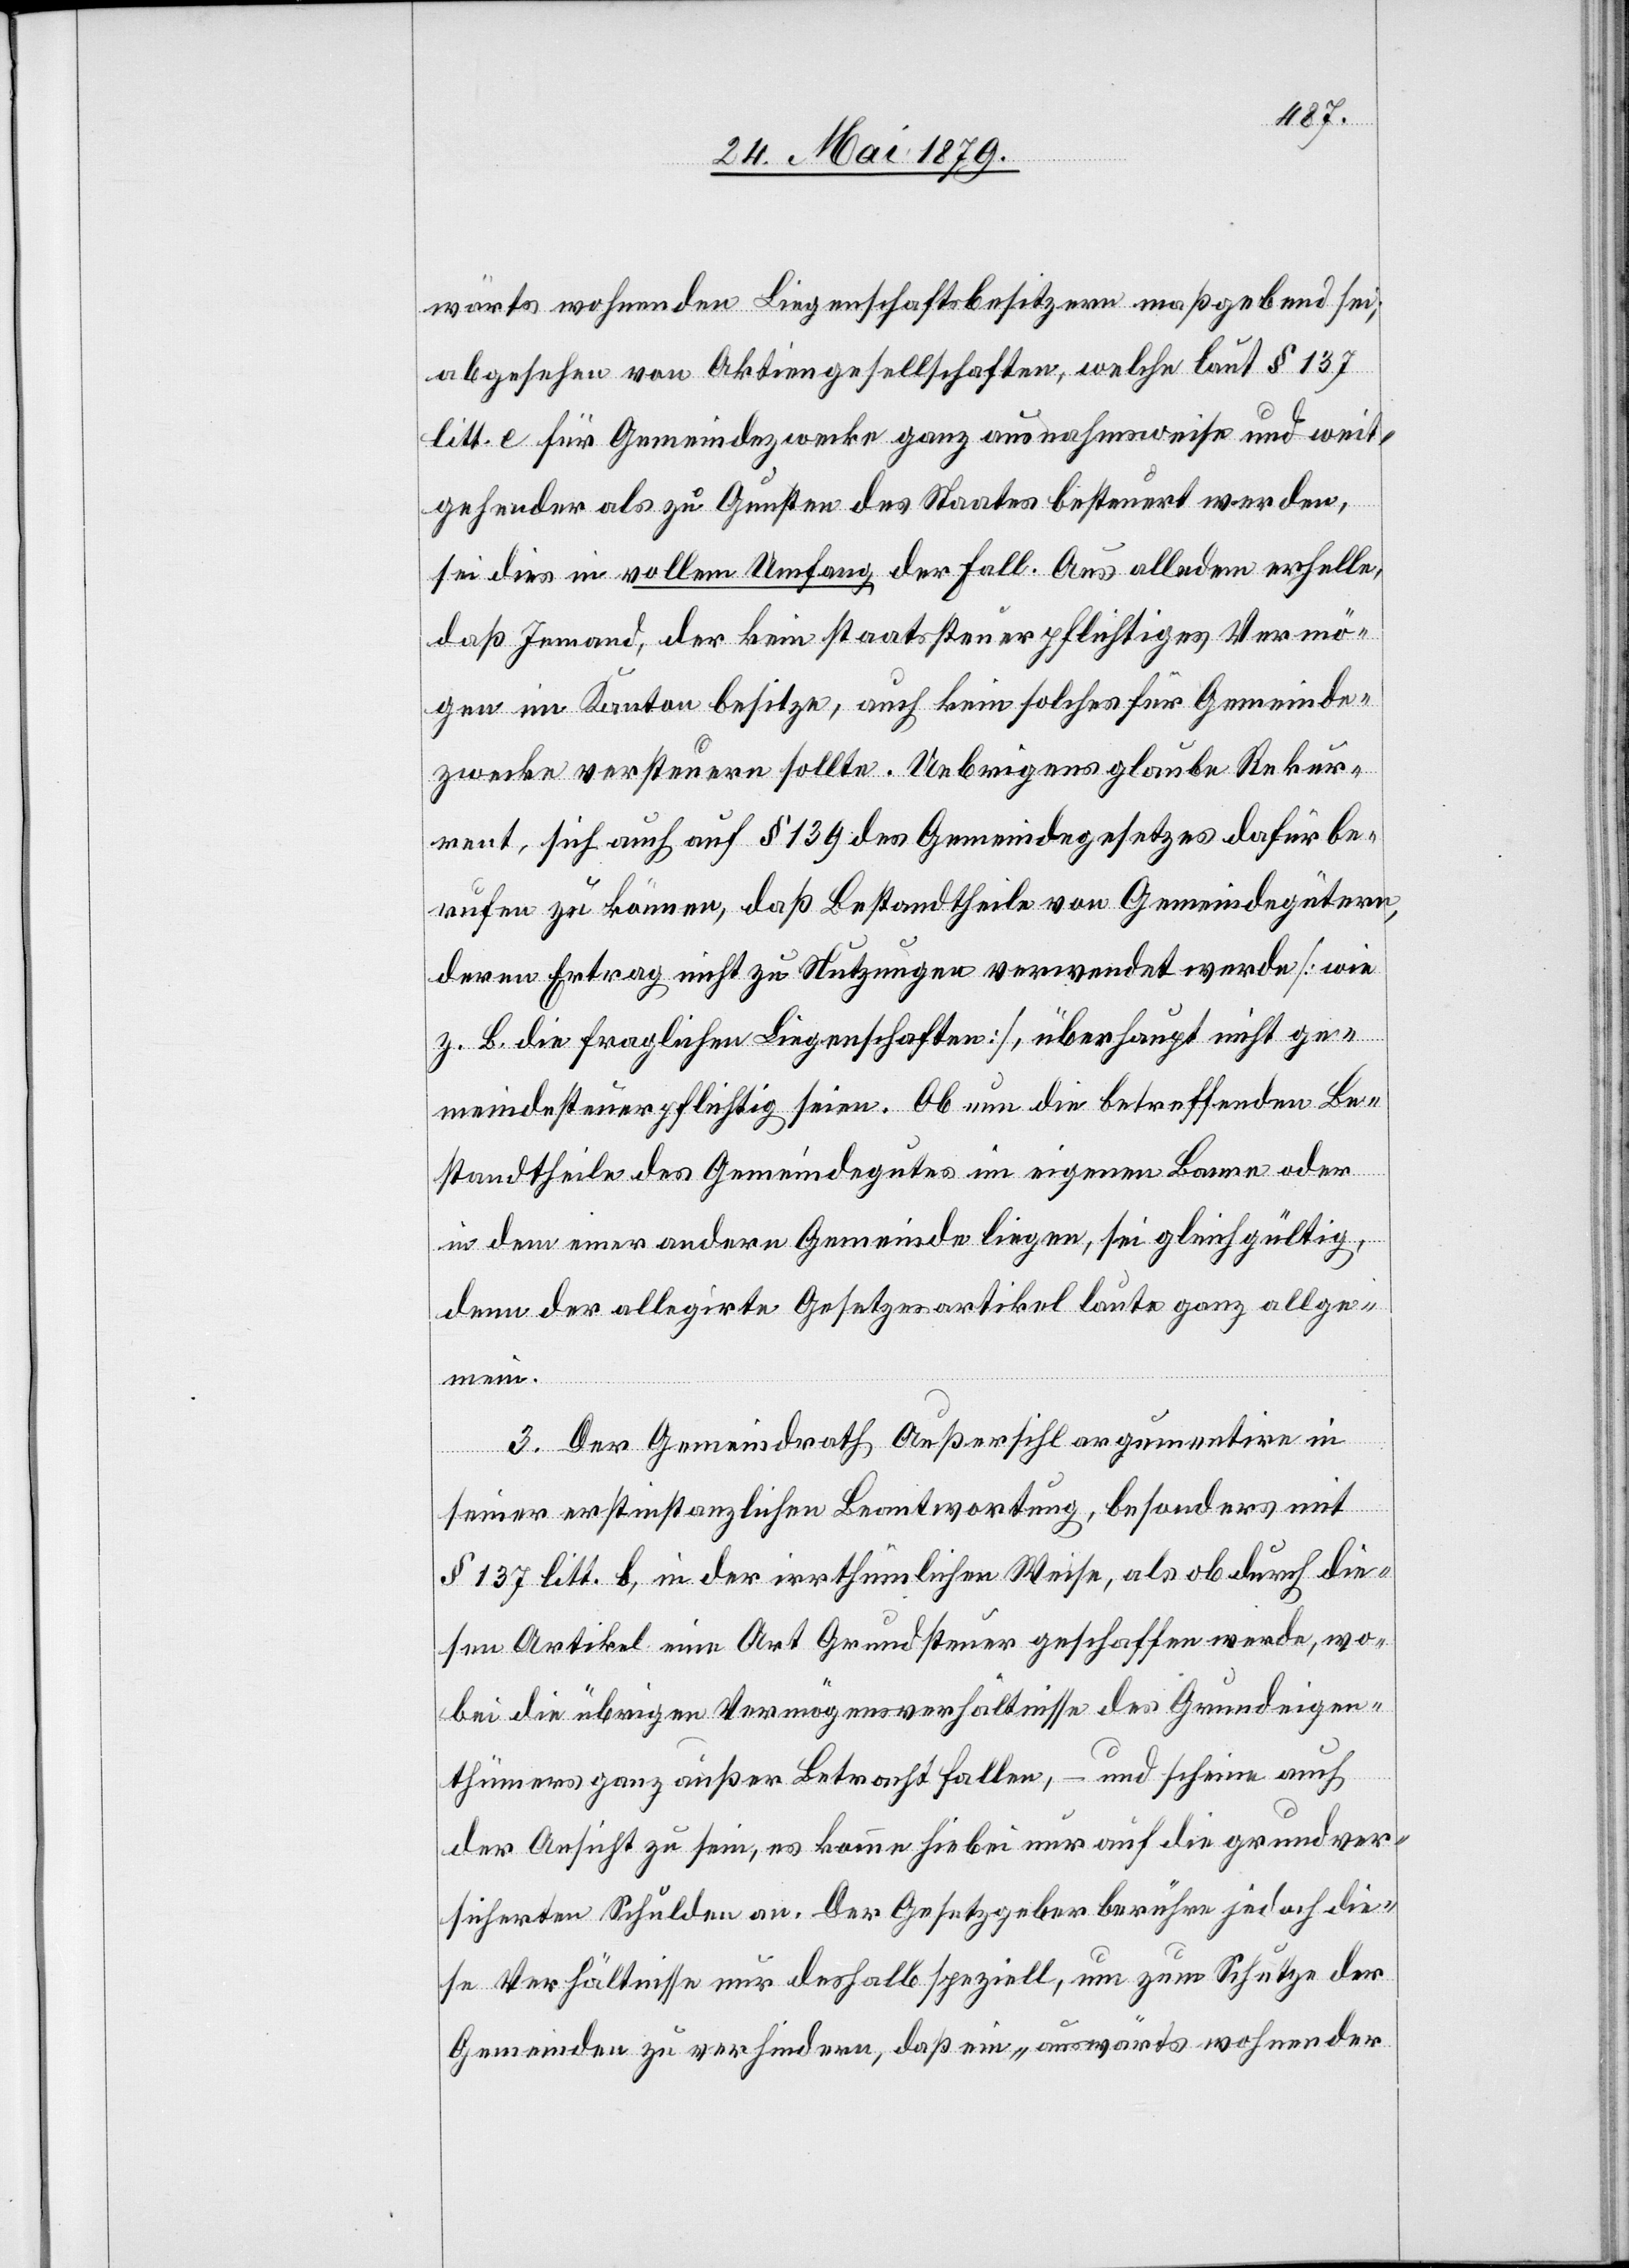
wärts wohnenden Liegenschaftsbesitzern maßgebend sei;
abgesehen von Aktiengesellschaften, welche laut § 137
litt. e für Gemeindezwecke ganz ausnahmsweise und weit¬
gehender als zu Gunsten des Staates besteuert werden,
sei dies in vollem Umfang der Fall. Aus alledem erhelle,
daß Jemand, der kein staatssteuerpflichtiges Vermö¬
gen im Kanton besitze, auch kein solches für Gemeinde¬
zwecke versteuern sollte. Uebrigens glaube Rekur¬
rent, sich auch auf § 139 des Gemeindegesetzes dafür be¬
rufen zu können, daß Bestandtheile von Gemeindegütern,
deren Ertrag nicht zu Nutzungen verwendet werde [wie
z. B. die fraglichen Liegenschaften], überhaupt nicht ge¬
meindesteuerpflichtig seien. Ob nun die betreffenden Be¬
standtheile des Gemeindegutes im eigenen Banne oder
in dem einer andern Gemeinde liegen, sei gleichgültig,
denn der allegirte Gesetzesartikel laute ganz allge¬
mein.
3. Der Gemeindrath Außersihl argumentire in
seiner erstinstanzlichen Beantwortung, besonders mit
§ 137 litt. b, in der irrthümlichen Weise, als ob durch die¬
sen Artikel eine Art Grundsteuer geschaffen werde, wo¬
bei die übrigen Vermögensverhältnisse des Grundeigen¬
thümers ganz außer Betracht fallen, – und scheine auch
der Ansicht zu sein, es komme hiebei nur auf die grundver¬
sicherten Schulden an. Der Gesetzgeber berühre jedoch die¬
se Verhältnisse nur deshalb speziell, um zum Schutze der
Gemeinden zu verhindern, daß ein „auswärts wohnender